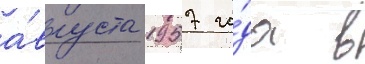
а́вгуста 1957 го́да в